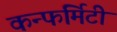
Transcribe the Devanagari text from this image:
कन्फर्मिटी